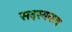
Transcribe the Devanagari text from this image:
सदस्यनाव